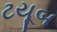
ટયૂબ